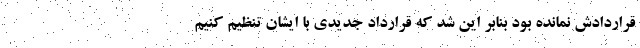
قراردادش نمانده بود بنابر این شد که قرارداد جدیدی با ایشان تنظیم کنیم